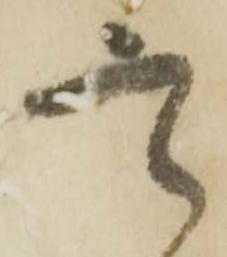
定